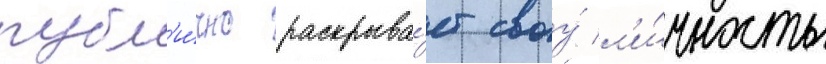
публ'и́чно раскрыва́ет своу́ л'и́чность